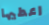
اعطيها